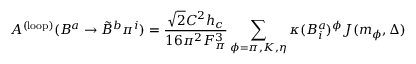
A ^ { \mathrm { ( l o o p ) } } ( B ^ { a } \rightarrow \tilde { B } ^ { b } \pi ^ { i } ) = \frac { \sqrt { 2 } { \cal C } ^ { 2 } h _ { c } } { 1 6 \pi ^ { 2 } F _ { \pi } ^ { 3 } } \sum _ { \phi = \pi , K , \eta } \kappa ( B _ { i } ^ { a } ) ^ { \phi } J ( m _ { \phi } , \Delta )